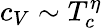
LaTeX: c_{V}\sim T_{c}^{\eta}